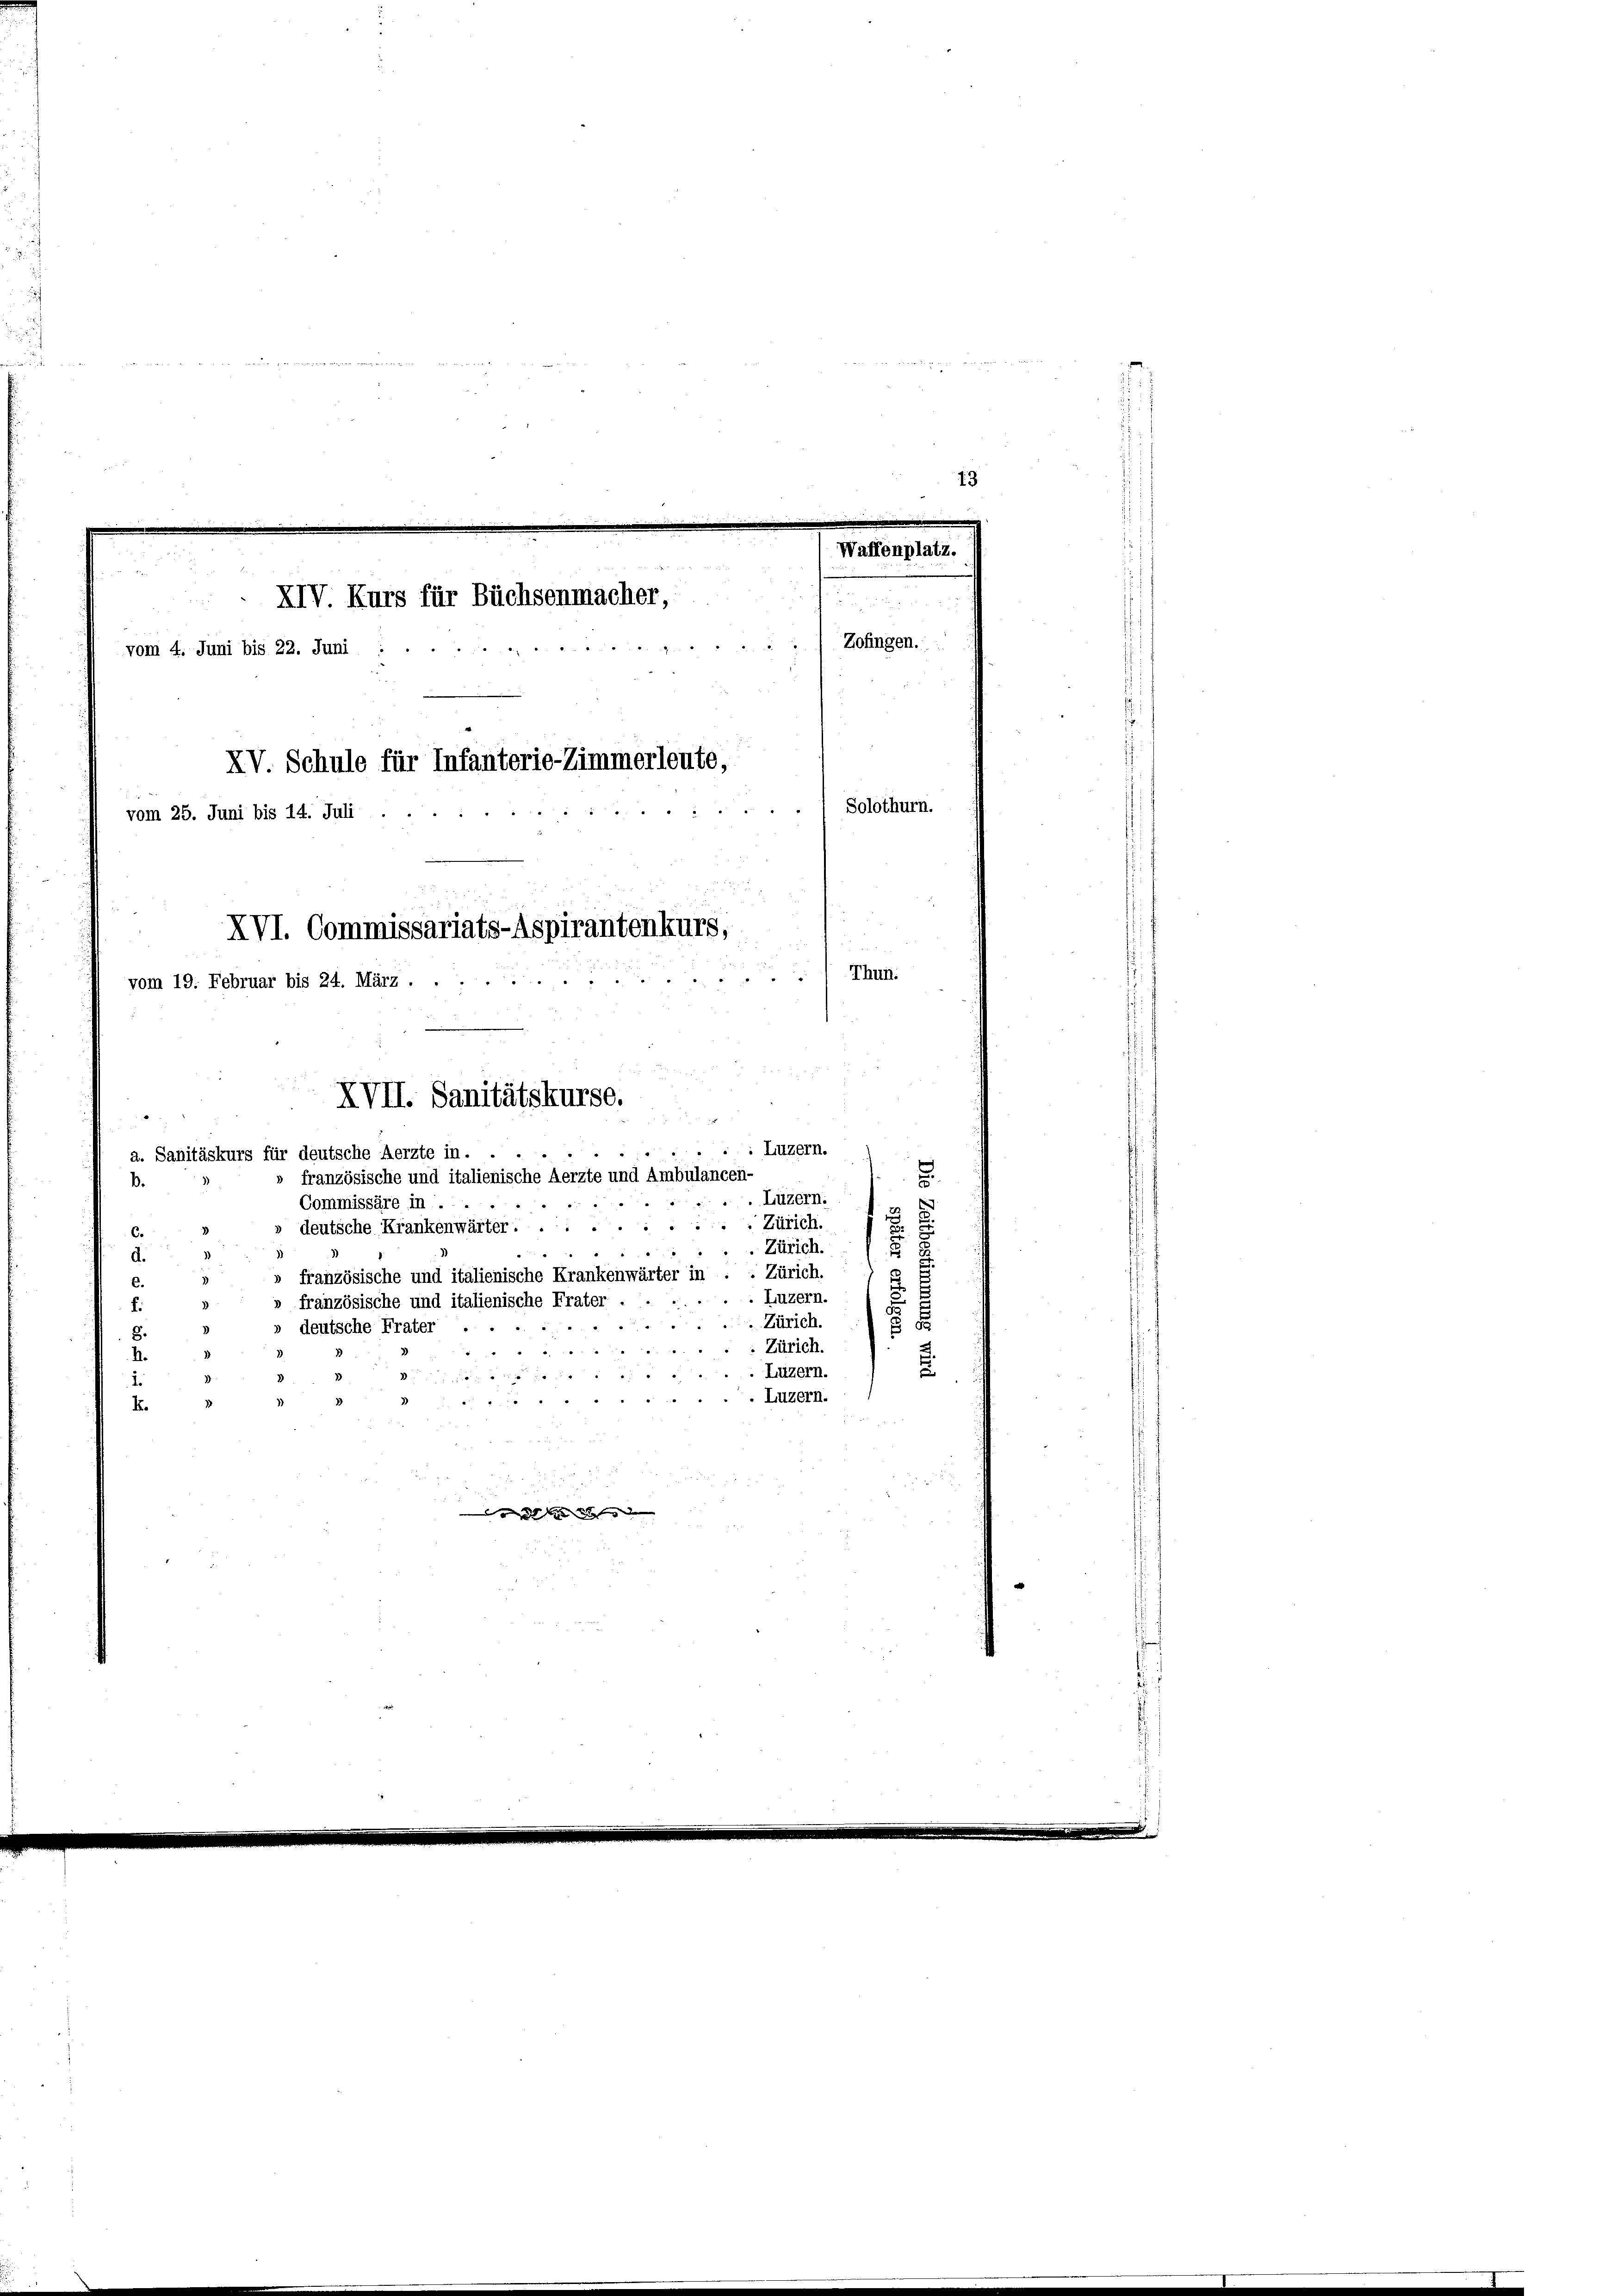
Waffenplatz.
Zofingen.

vom 4. Juni bis 22. Juni :
XV Schule für Infanterie-Zimmerleute,
Solothurn.
e
vom 25. Juni bis 14. Juli
XVI. Commissariats-Aspirantenkurs,
Thun.
.
d
vom 19. Februar bis 24. März.

1

XIV. Kurs für Büchsenmacher,

dren hat d

» französische und italienische Aerzte und Ambulancen-
B.
 Luzern.
Commissäre in
 Zürich.
deutsche Krankenwärter....
Zürich.
d.
. Zürich.
» französische und italienische Krankenwärter in
e
Luzern.
französische und italienische Frater
f
Zürich.
55
» deutsche Frater
8.
Zürich
.
A.
2
Luzern.
Luzern.
E.
 geben St

XVII. Sanitätskurse.
; Luzern.
a. Sanitäskurs für deutsche Aerzte in.

13